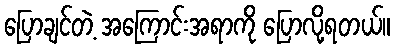
ပြောချင်တဲ့ အကြောင်းအရာကို ပြောလို့ရတယ်။